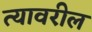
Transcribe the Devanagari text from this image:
त्‍यावरील